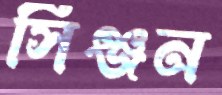
সিঞ্জন